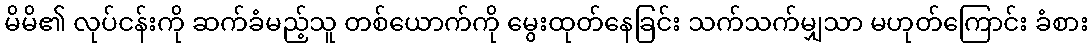
မိမိ၏ လုပ်ငန်းကို ဆက်ခံမည့်သူ တစ်ယောက်ကို မွေးထုတ်နေခြင်း သက်သက်မျှသာ မဟုတ်ကြောင်း ခံစား